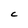
Character: C